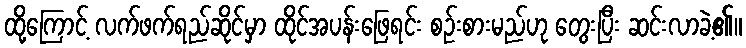
ထို့ကြောင့် လက်ဖက်ရည်ဆိုင်မှာ ထိုင်အပန်းဖြေရင်း စဉ်းစားမည်ဟု တွေးပြီး ဆင်းလာခဲ့၏။